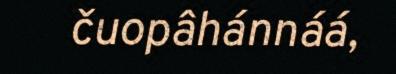
čuopâhánnáá,